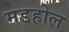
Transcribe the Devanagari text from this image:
मडहोल